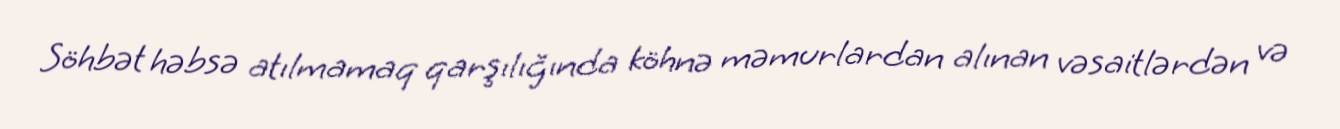
Söhbət həbsə atılmamaq qarşılığında köhnə məmurlardan alınan vəsaitlərdən və